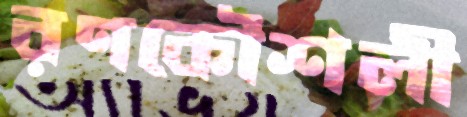
রণকৌশলী